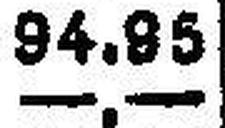
—.—